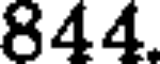
844.